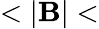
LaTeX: <|\mathbf{B}|<